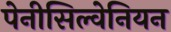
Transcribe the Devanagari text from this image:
पेनीसिल्वेनियन